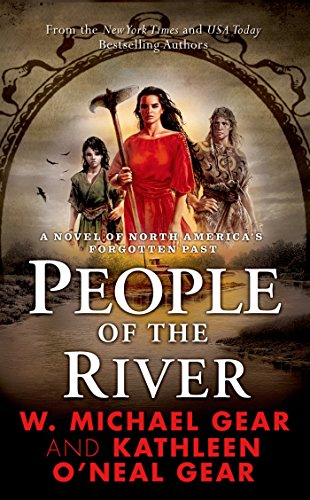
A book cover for People of the River (The First North Americans series, Book 4); W. Michael Gear; Literature & Fiction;